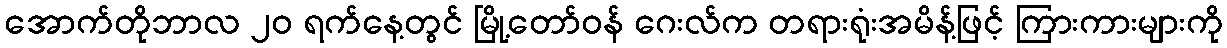
အောက်တိုဘာလ ၂၀ ရက်နေ့တွင် မြို့တော်ဝန် ဂေးလ်က တရားရုံးအမိန့်ဖြင့် ကြားကားများကို